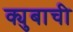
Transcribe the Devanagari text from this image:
क्युबाची